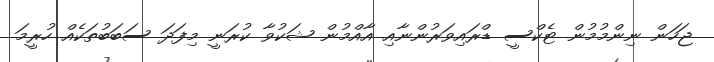
ޖަހަން ނިންމުމުން ޓެކްސީ ޑްރައިވަރުންނާއި އާއްމުން ޝަކުވާ ކުރަނީ މިފަދަ ސަބަބުތަކެއް ހުރީމަ